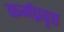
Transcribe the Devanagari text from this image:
कर्मप्रवृत्त